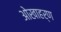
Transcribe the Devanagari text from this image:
ओखाहर्ण